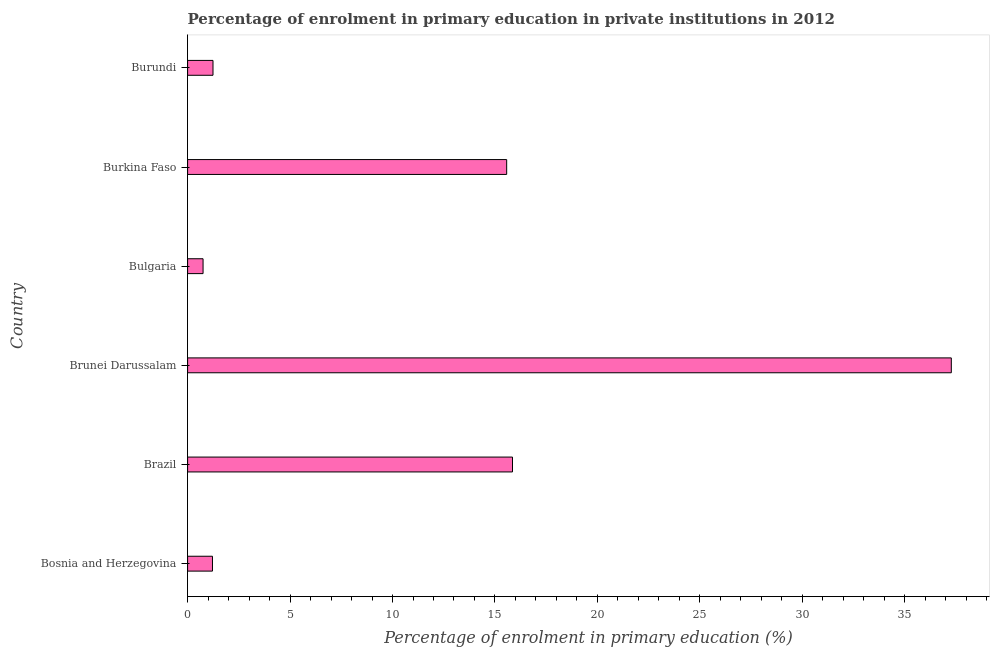
| Country | Enrolment  |
 | --- | --- |
 | Bosnia and Herzegovina | 1.21 |
 | Brazil | 15.9 |
 | Brunei Darussalam | 37.3 |
 | Bulgaria | 0.755 |
 | Burkina Faso | 15.6 |
 | Burundi | 1.24 |